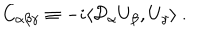
LaTeX: C _ { \alpha \beta \gamma } \equiv - i \langle { \cal D } _ { \alpha } U _ { \beta } , U _ { \gamma } \rangle \ .